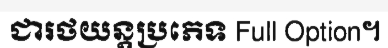
ជារថយន្តប្រភេទ Full Option។